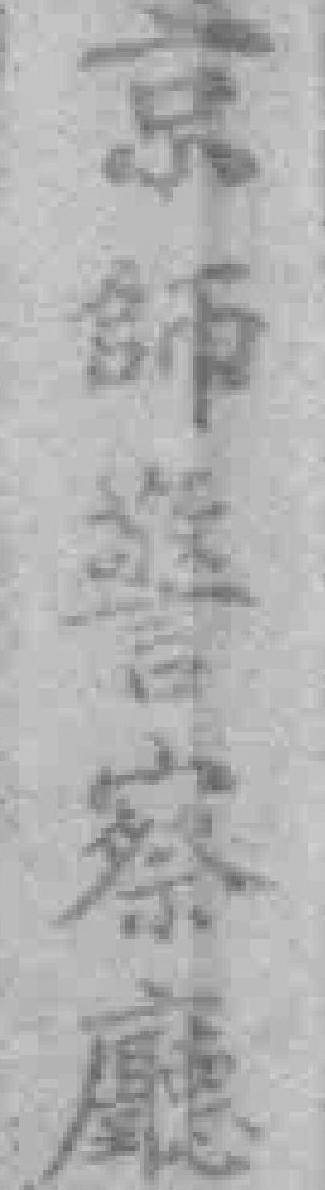
京師警察廳